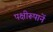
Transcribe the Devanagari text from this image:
पक्षीरूपानें